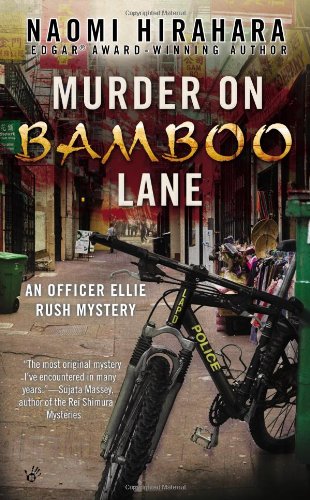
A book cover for Murder on Bamboo Lane (An Officer Ellie Rush Mystery); Naomi Hirahara; Literature & Fiction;